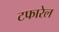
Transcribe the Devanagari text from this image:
टफारेल